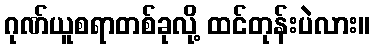
ဂုဏ်ယူစရာတစ်ခုလို့ ထင်တုန်းပဲလား။